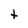
Character: t